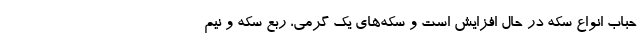
حباب انواع سکه در حال افزایش است و سکه‌های یک گرمی، ربع سکه و نیم